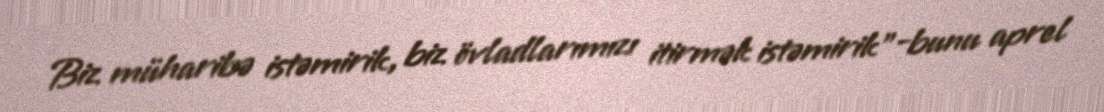
Biz müharibə istəmirik, biz övladlarımızı itirmək istəmirik”-bunu aprel